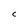
Character: C